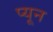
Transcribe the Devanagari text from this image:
प्यून